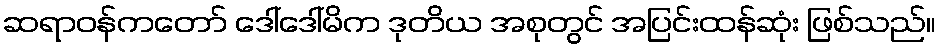
ဆရာဝန်ကတော် ဒေါ်ဒေါ်မိက ဒုတိယ အစုတွင် အပြင်းထန်ဆုံး ဖြစ်သည်။